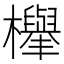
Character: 𣟱